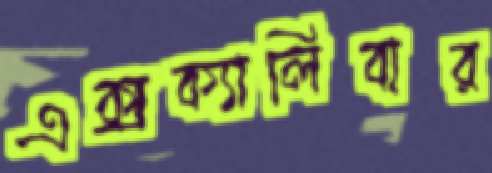
এক্সক্যালিবার